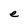
Character: e